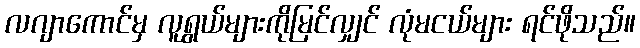
လဂျာကောင်မှ လူရွယ်များကိုမြင်လျှင် လုံမငယ်များ ရင်ဖိုသည်။